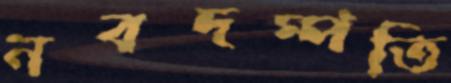
নবদম্পতি